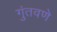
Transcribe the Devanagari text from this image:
गुंतवणे